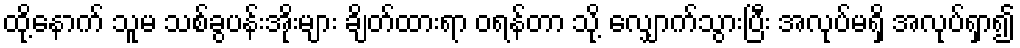
ထို့နောက် သူမ သစ်ခွပန်းအိုးများ ချိတ်ထားရာ ဝရန်တာ သို့ လျှောက်သွားပြီး အလုပ်မရှိ အလုပ်ရှာ၍